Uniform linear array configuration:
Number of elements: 16
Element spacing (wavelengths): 0.5
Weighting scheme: hamming
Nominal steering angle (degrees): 0
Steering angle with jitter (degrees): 0.1944
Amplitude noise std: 0.05
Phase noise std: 0.05

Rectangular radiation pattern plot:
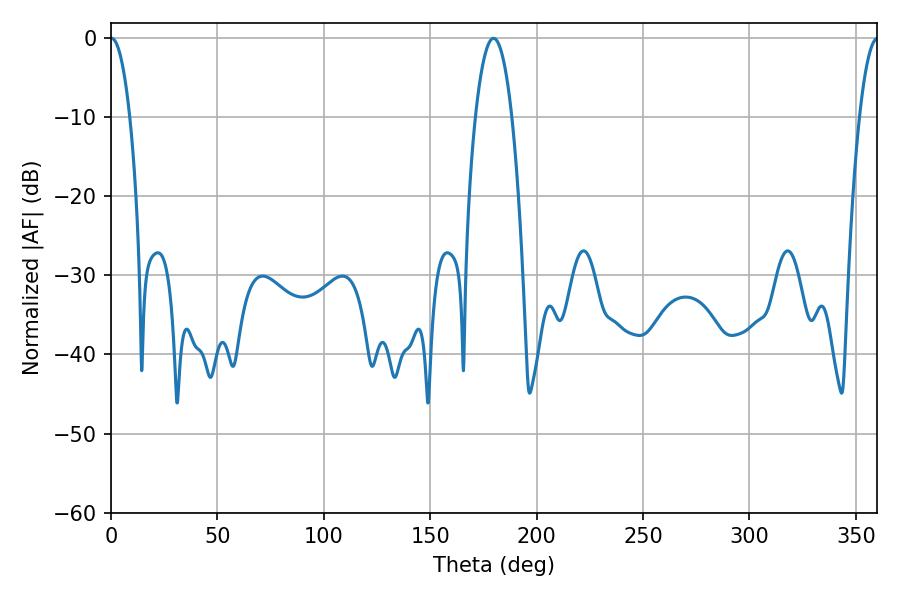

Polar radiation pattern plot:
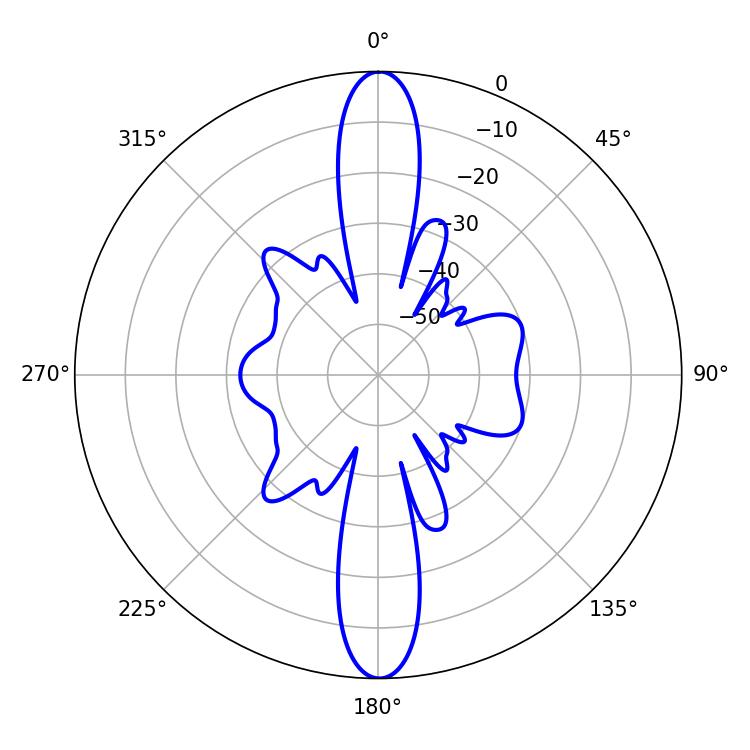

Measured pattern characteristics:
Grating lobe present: FALSE
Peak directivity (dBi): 31.201
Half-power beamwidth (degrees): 5.04
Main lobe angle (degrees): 0.18